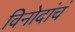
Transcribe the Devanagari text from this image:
विनोदांचं